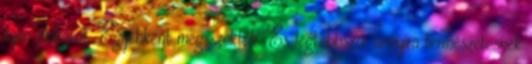
ilyen plakátot. Egyébként meg szoktak. És legtöbbször annyira természetesnek